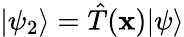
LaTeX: |\psi_{2}\rangle={\hat{T}}(\mathbf{x})|\psi\rangle